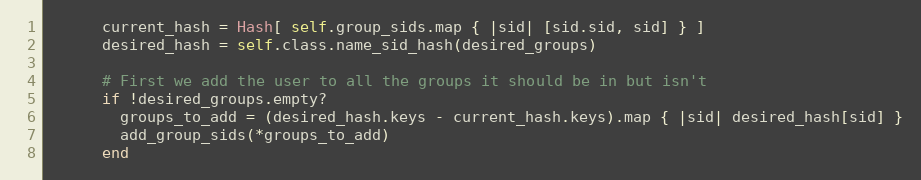
Language: Ruby
      current_hash = Hash[ self.group_sids.map { |sid| [sid.sid, sid] } ]
      desired_hash = self.class.name_sid_hash(desired_groups)

      # First we add the user to all the groups it should be in but isn't
      if !desired_groups.empty?
        groups_to_add = (desired_hash.keys - current_hash.keys).map { |sid| desired_hash[sid] }
        add_group_sids(*groups_to_add)
      end